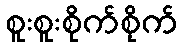
စူးစူးစိုက်စိုက်